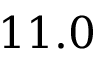
1 1 . 0